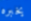
يخبره